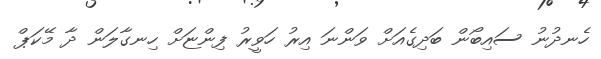
ހެނދުނު ސައިބޯން ބަދިގެއަށް ވަންނަ އިރު ހަވީރު ފިންޏަށް ހިނގާލަން ދާ މޭކަޕް